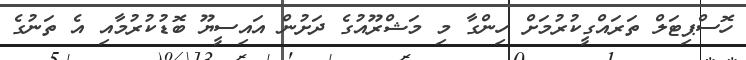
ހޮސްޕިޓަލް ތަރައްގީކުރުމަށް ހިންގާ މި މަޝްރޫއުގެ ދަށުން އައިސީޔޫ ބޮޑުކުރުމާއި އެ ތަނުގެ